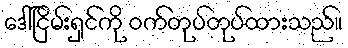
ဒေါ်ငြိမ်းရှင်ကို ဝက်တုပ်တုပ်ထားသည်။